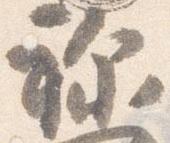
祢